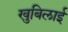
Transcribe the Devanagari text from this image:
खुबिलाई